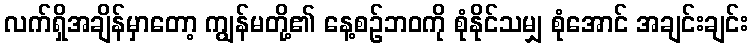
လက်ရှိအချိန်မှာတော့ ကျွန်မတို့၏ နေ့စဉ်ဘဝကို စုံနိုင်သမျှ စုံအောင် အချင်းချင်း